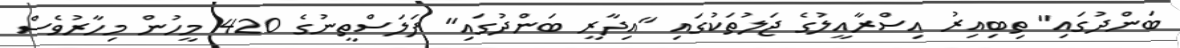
ބަންދުގައި" ތިބިއިރު އިސްރާއީލުގެ ޖަލުތަކުގައި "އިދާރީ ބަންދުގައި" ފަލަސްތީނުގެ 420 މީހުން މިހާރުވެސް